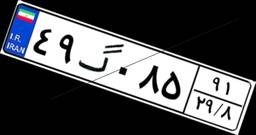
۰۵گ۷۷۶۶۷